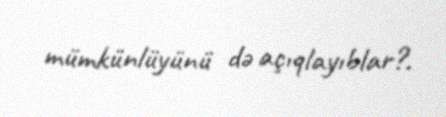
mümkünlüyünü də açıqlayıblar?.